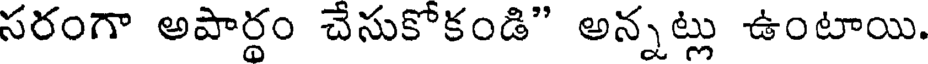
సరంగా అపార్థం చేసుకోకండి" అన్నట్లు ఉంటాయి.